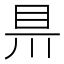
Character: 𥄊